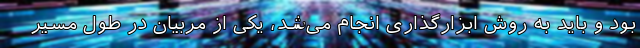
بود و باید به روش ابزارگذاری انجام می‌شد، یکی از مربیان در طول مسیر